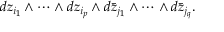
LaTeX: d z _ { i _ { 1 } } \wedge \cdots \wedge d z _ { i _ { p } } \wedge d { \bar { z } } _ { j _ { 1 } } \wedge \cdots \wedge d { \bar { z } } _ { j _ { q } } .